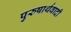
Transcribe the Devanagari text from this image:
पुरुषार्थवादी